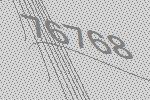
76768